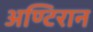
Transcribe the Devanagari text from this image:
अण्टिरान